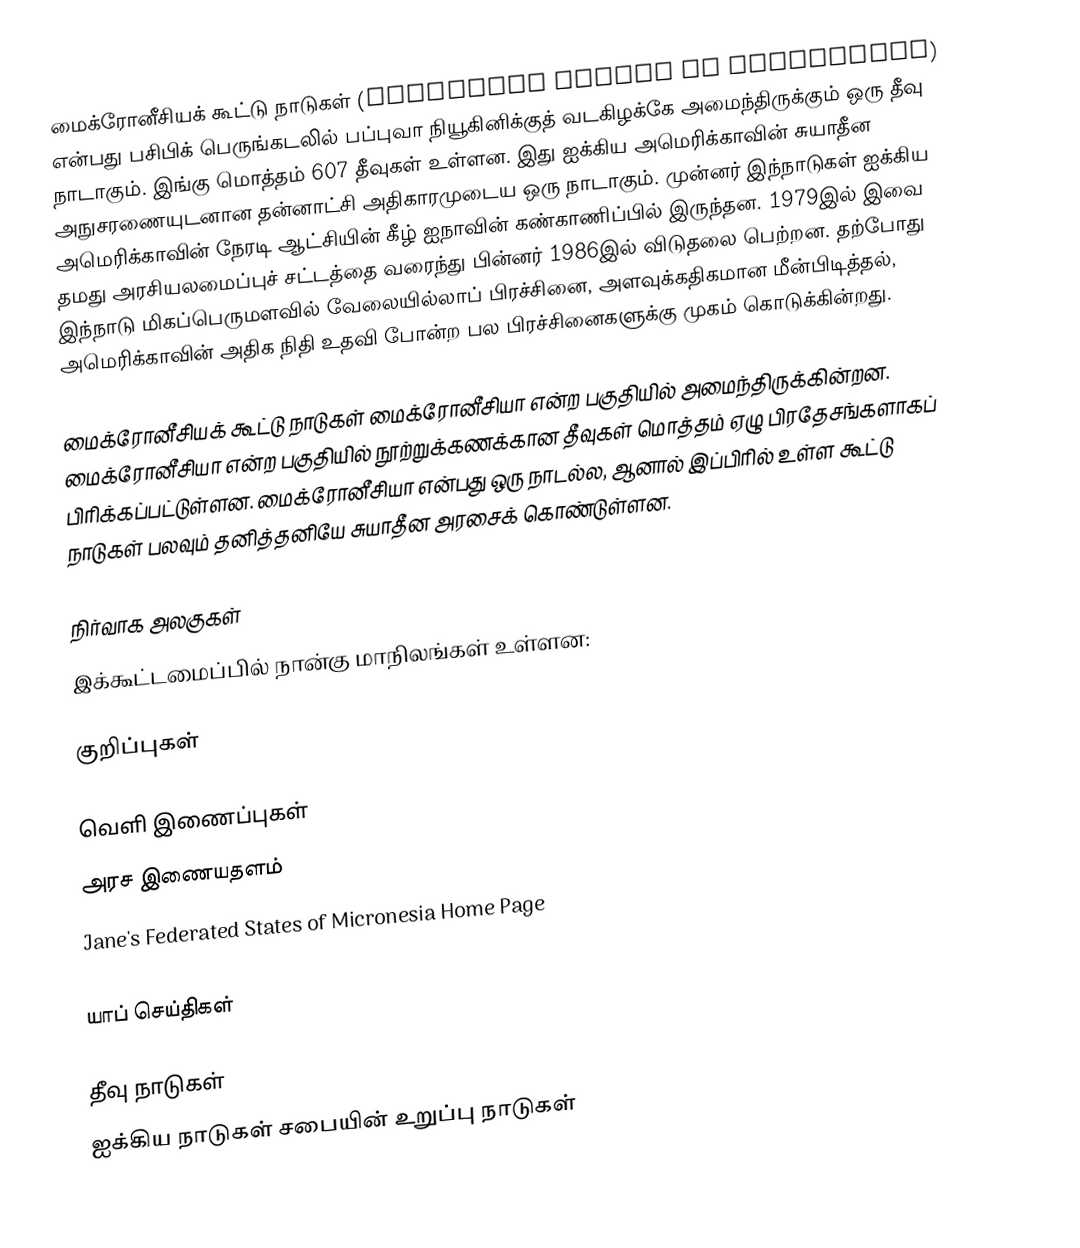
மைக்ரோனீசியக் கூட்டு நாடுகள் (Federated States of Micronesia) என்பது பசிபிக் பெருங்கடலில் பப்புவா நியூகினிக்குத் வடகிழக்கே அமைந்திருக்கும் ஒரு தீவு நாடாகும். இங்கு மொத்தம் 607 தீவுகள் உள்ளன. இது ஐக்கிய அமெரிக்காவின் சுயாதீன அநுசரணையுடனான தன்னாட்சி அதிகாரமுடைய ஒரு நாடாகும். முன்னர் இந்நாடுகள் ஐக்கிய அமெரிக்காவின் நேரடி ஆட்சியின் கீழ் ஐநாவின் கண்காணிப்பில் இருந்தன. 1979இல் இவை தமது அரசியலமைப்புச் சட்டத்தை வரைந்து பின்னர் 1986இல் விடுதலை பெற்றன. தற்போது இந்நாடு மிகப்பெருமளவில் வேலையில்லாப் பிரச்சினை, அளவுக்கதிகமான மீன்பிடித்தல், அமெரிக்காவின் அதிக நிதி உதவி போன்ற பல பிரச்சினைகளுக்கு முகம் கொடுக்கின்றது.

மைக்ரோனீசியக் கூட்டு நாடுகள் மைக்ரோனீசியா என்ற பகுதியில் அமைந்திருக்கின்றன. மைக்ரோனீசியா என்ற பகுதியில் நூற்றுக்கணக்கான தீவுகள் மொத்தம் ஏழு பிரதேசங்களாகப் பிரிக்கப்பட்டுள்ளன. மைக்ரோனீசியா என்பது ஒரு நாடல்ல, ஆனால் இப்பிரில் உள்ள கூட்டு நாடுகள் பலவும் தனித்தனியே சுயாதீன அரசைக் கொண்டுள்ளன.

நிர்வாக அலகுகள்
இக்கூட்டமைப்பில் நான்கு மாநிலங்கள் உள்ளன:

குறிப்புகள்

வெளி இணைப்புகள்
 அரச இணையதளம்
 Jane's Federated States of Micronesia Home Page
 Trust Territory of the Pacific Archives
 யாப் செய்திகள்

தீவு நாடுகள்
ஐக்கிய நாடுகள் சபையின் உறுப்பு நாடுகள்